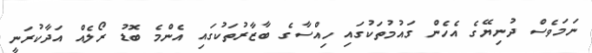
ނަމަވެސް ދުނިޔޭގެ އެހެން ގައުމުތަކުގައި ހިއްސާގެ ބާޒާރުތަކުގައި އެންމެ ބޮޑު ރޯލެއް އަދާކުރަނީ